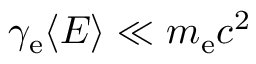
\gamma _ { \mathrm { e } } \langle E \rangle \ll m _ { \mathrm { e } } c ^ { 2 }